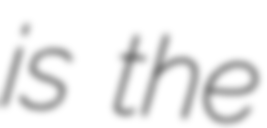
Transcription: is the